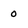
Character: 0